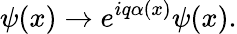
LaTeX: \psi(x)\rightarrow e^{iq\alpha(x)}\psi(x).